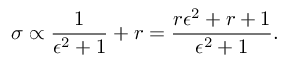
\sigma \propto \frac { 1 } { \epsilon ^ { 2 } + 1 } + r = \frac { r \epsilon ^ { 2 } + r + 1 } { \epsilon ^ { 2 } + 1 } .